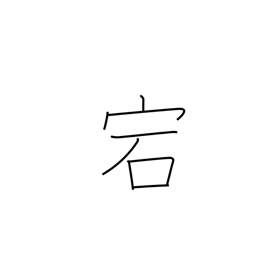
Meaning: cave